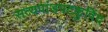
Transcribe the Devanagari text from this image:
सत्यपांडपटकुविंद